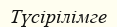
Түсірілімге